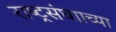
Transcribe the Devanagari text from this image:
राष्ट्रसंघााच्या